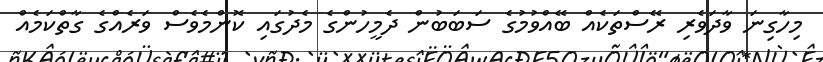
މިހާގިނަ ވާދަވެރި ރޭސްތަކެއް ބޭއްވުމުގެ ސަބަބުން ދެމީހުންގެ މެދުގައި ކޮންމެވެސް ވަރެއްގެ ގާތްކަމެއް